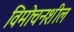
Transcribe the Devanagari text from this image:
विमोचनशील